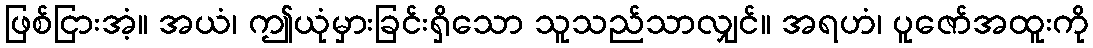
ဖြစ်ငြားအံ့။ အယံ၊ ဤယုံမှားခြင်းရှိသော သူသည်သာလျှင်။ အရဟံ၊ ပူဇော်အထူးကို